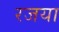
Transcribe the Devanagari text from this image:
रजया